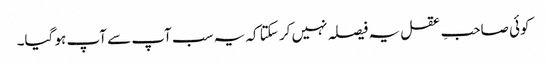
کوئی صاحبِ عقل یہ فیصلہ نہیں کر سکتا کہ یہ سب آپ سے آپ ہو گیا۔